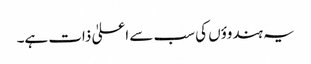
یہ ہندوؤں کی سب سے اعلیٰ ذات ہے۔